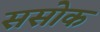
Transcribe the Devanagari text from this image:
ससोक